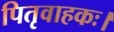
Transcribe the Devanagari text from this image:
पितृवाहकः।